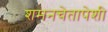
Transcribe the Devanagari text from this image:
शमनचेतापेशी